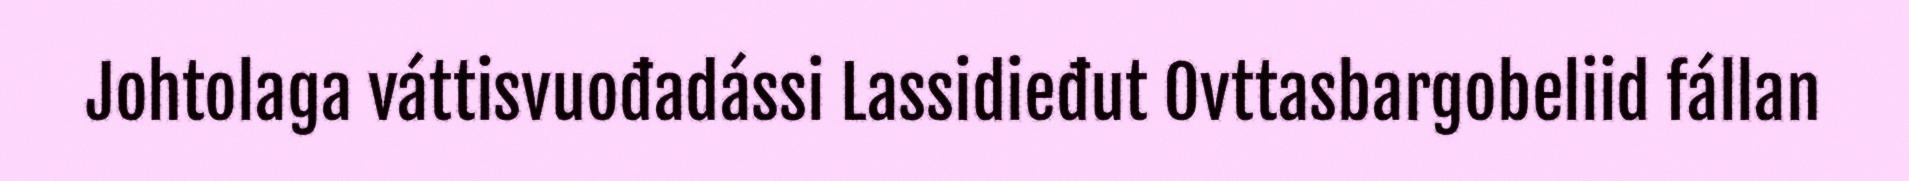
Johtolaga váttisvuođadássi Lassidieđut Ovttasbargobeliid fállan